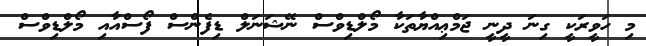
މި ހަވީރަކީ ގިނަ ދީނީ ޖަމްޢިއްޔާތަކާ މޯލްޑިވްސް ނޭޝަނަލް ޑިފެންސް ފޯސްއާއި މޯލްޑިވްސް